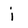
Character: i